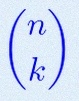
\binom{n}{k}